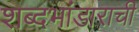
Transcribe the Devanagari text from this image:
शब्दभांडाराची